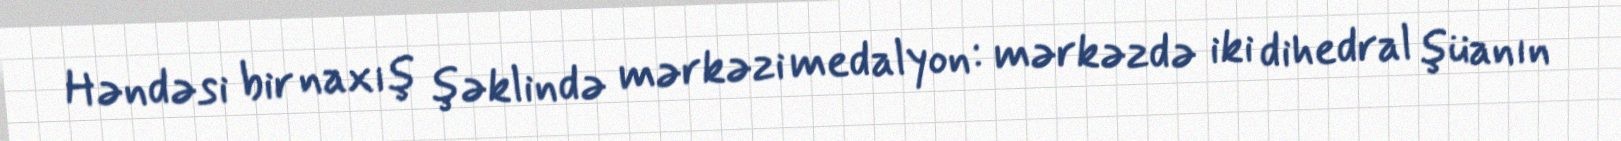
Həndəsi bir naxış şəklində mərkəzi medalyon: mərkəzdə iki dihedral şüanın